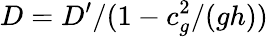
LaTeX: D=D^{\prime}/(1-c_{g}^{2}/(gh))